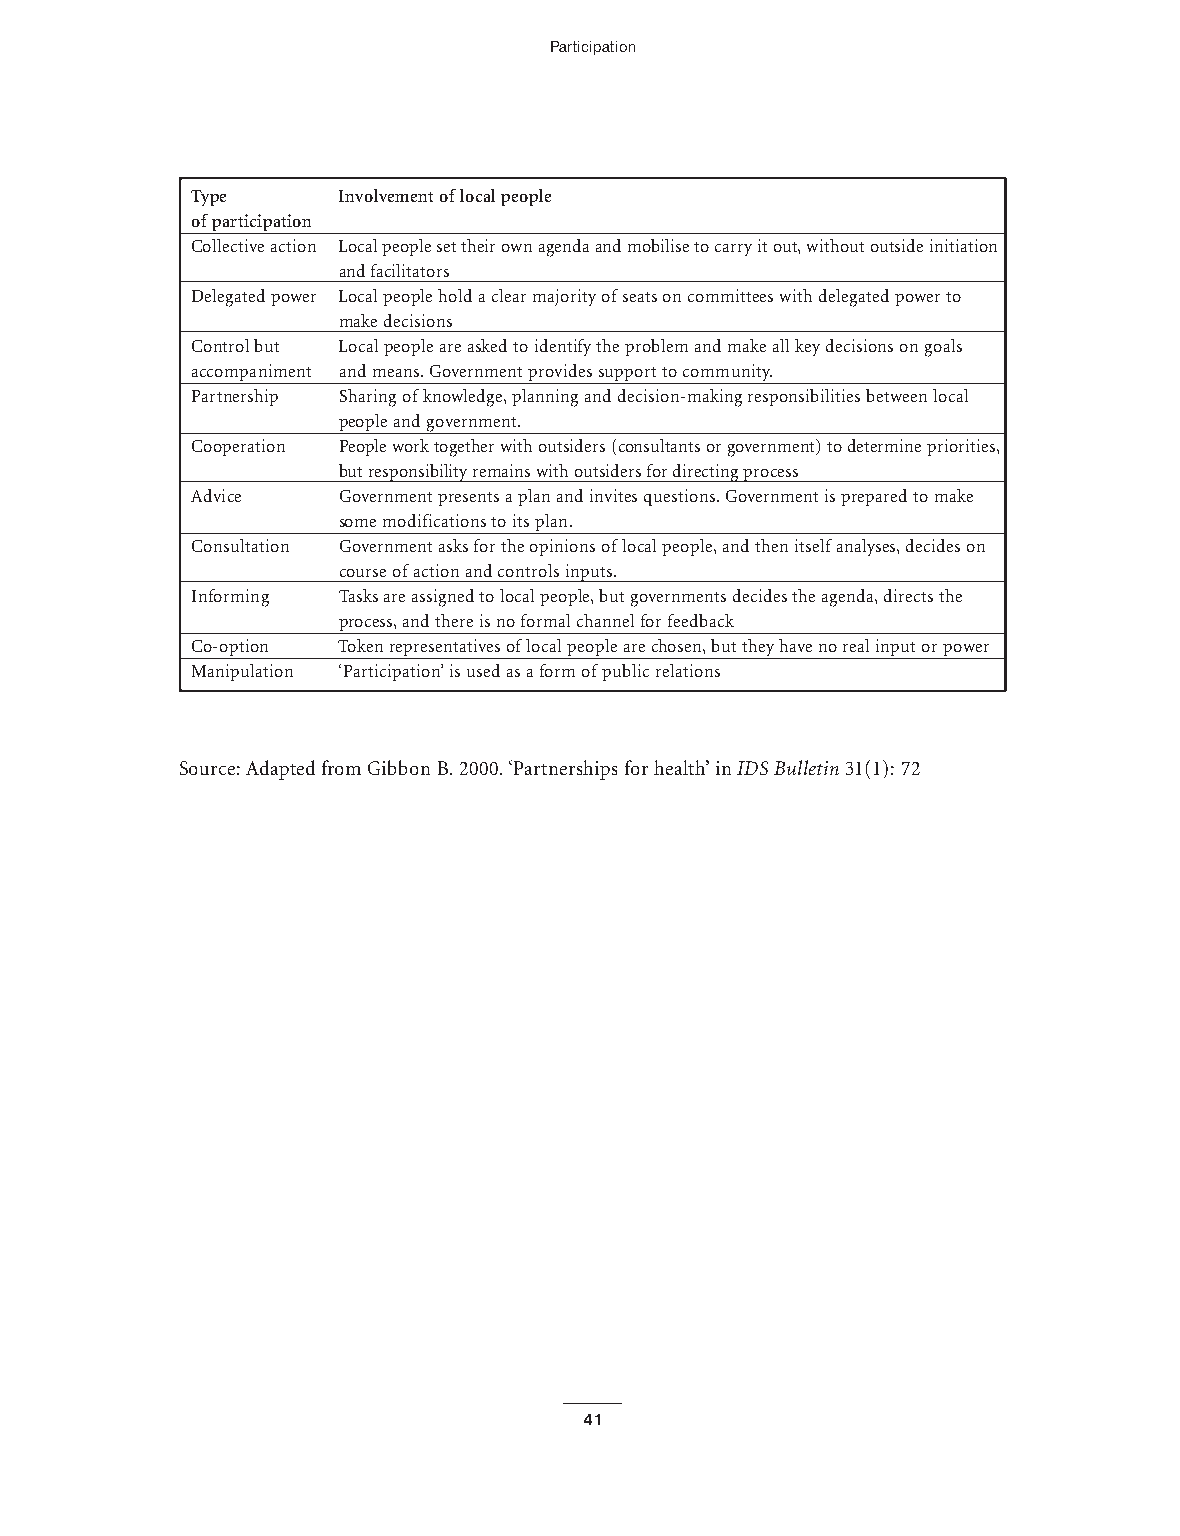
Participation
 Type     Involvement oflocal people
 ofparticipation
 Collective action Local people set their own agenda and mobilise to carry it out,without outside initiation
 and facilitators
 Delegated power Local people hold a clear majority ofseats on committees with delegated power to
 make decisions
 Control but Local people are asked to identify the problem and make all key decisions on goals
 accompaniment and means.Government provides support to community.
 Partnership Sharing ofknowledge,planning and decision-making responsibilities between local
 people and government.
 Cooperation People work together with outsiders (consultants or government) to determine priorities,
 but responsibility remains with outsiders for directing process
 Advice   Government presents a plan and invites questions.Government is prepared to make
 some modifications to its plan.
 Consultation Government asks for the opinions oflocal people,and then itselfanalyses,decides on
 course ofaction and controls inputs.
 Informing Tasks are assigned to local people,but governments decides the agenda,directs the
 process,and there is no formal channel for feedback
 Co-option Token representatives oflocal people are chosen,but they have no real input or power
 Manipulation ‘Participation’is used as a form ofpublic relations
 Source:Adapted from Gibbon B.2000.‘Partnerships for health’in IDS Bulletin31(1):72
 41